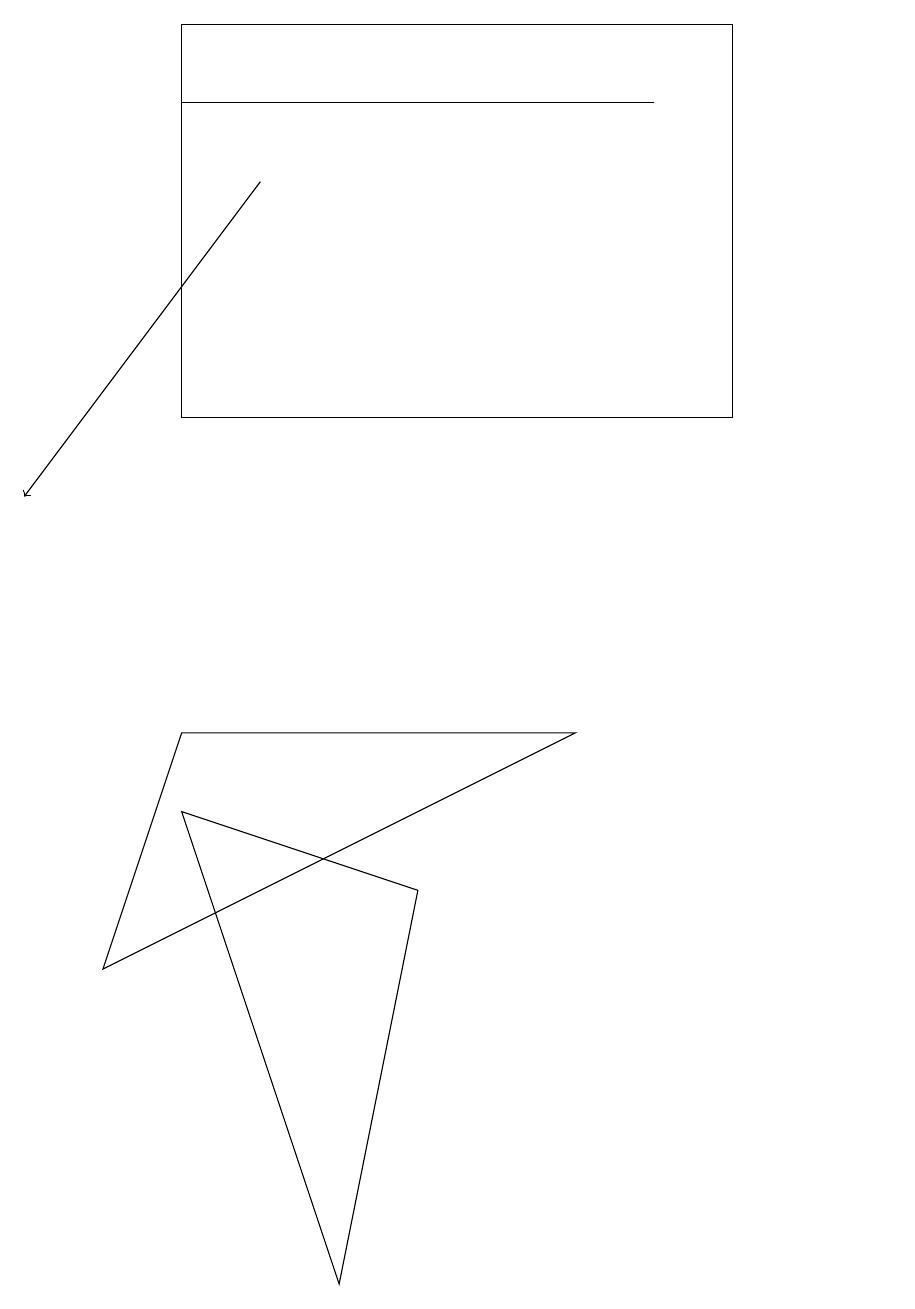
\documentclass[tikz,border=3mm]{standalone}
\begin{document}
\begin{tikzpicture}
\draw (11,12) circle (0);
\draw (2,16) rectangle (9,11);
\draw (1,4) -- (7,7) -- (2,7) -- cycle;
\draw (5,5) -- (4,0) -- (2,6) -- cycle;
\draw[->] (3,14) -- (0,10);
\draw (2,15) rectangle (8,15);
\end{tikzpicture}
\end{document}